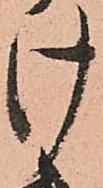
け